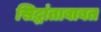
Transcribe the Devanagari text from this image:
सिद्धांताबाबत